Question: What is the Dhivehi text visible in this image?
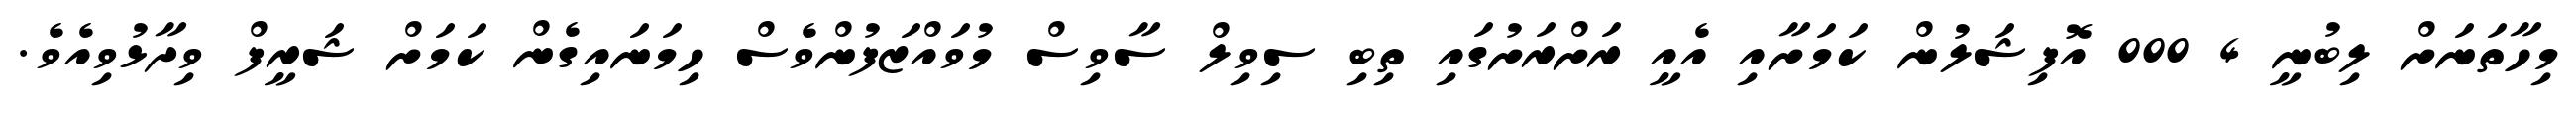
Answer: މިހާތަނަށް ލިބުނީ 4 000 އޮފިޝަލުން ކަމަށާއި އެއީ ރަށްރަށުގައި ތިބި ސިވިލް ސާވިސް މުވައްޒަފުންވެސް ހިމަނައިގެން ކަމަށް ޝަރީފް ވިދާޅުވިއެވެ.